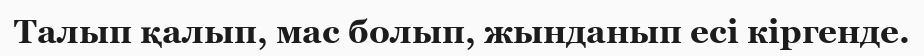
Талып қалып, мас болып, жынданып есі кіргенде.